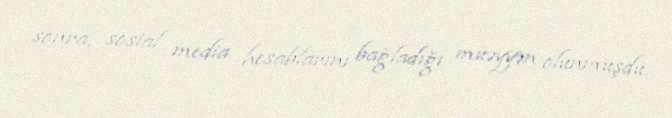
sonra, sosial media hesablarını bağladığı müəyyən olunmuşdu.